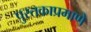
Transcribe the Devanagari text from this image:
पुस्तकाप्रमाणे